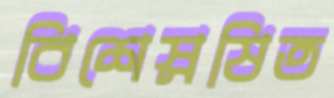
বিশেস্নষিত